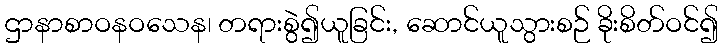
ဌာနာစာဝနဝသေန၊ တရားစွဲ၍ယူခြင်း, ဆောင်ယူသွားစဉ် ခိုးစိတ်ဝင်၍